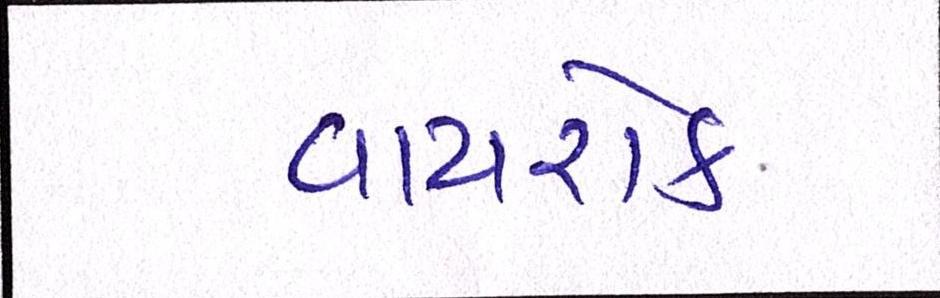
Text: વાયરોક